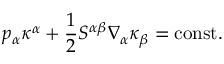
p _ { \alpha } \kappa ^ { \alpha } + \frac { 1 } { 2 } S ^ { \alpha \beta } \nabla _ { \alpha } \kappa _ { \beta } = \mathrm { c o n s t } .